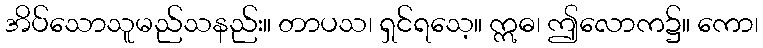
အိပ်သောသူမည်သနည်း။ တာပသ၊ ရှင်ရသေ့။ ဣဓ၊ ဤလောက၌။ ကော၊